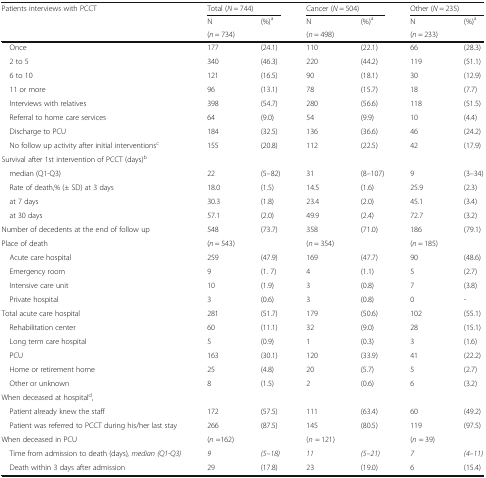
<table><thead><tr><td rowspan="3"><b>Patients interviews with PCCT</b></td><td colspan="2"><b>Total (<i>N</i> = 744)</b></td><td colspan="2"><b>Cancer (<i>N</i> = 504)</b></td><td colspan="2"><b>Other (<i>N</i> = 235)</b></td></tr><tr><td><b>N</b></td><td><b>(%)<sup>a</sup></b></td><td><b>N</b></td><td><b>(%)<sup>a</sup></b></td><td><b>N</b></td><td><b>(%)<sup>a</sup></b></td></tr><tr><td><b>(<i>n</i> = 734)</b></td><td></td><td><b>(<i>n</i> = 498)</b></td><td></td><td><b>(<i>n</i> = 233)</b></td><td></td></tr></thead><tbody><tr><td> Once</td><td>177</td><td>(24.1)</td><td>110</td><td>(22.1)</td><td>66</td><td>(28.3)</td></tr><tr><td> 2 to 5</td><td>340</td><td>(46.3)</td><td>220</td><td>(44.2)</td><td>119</td><td>(51.1)</td></tr><tr><td> 6 to 10</td><td>121</td><td>(16.5)</td><td>90</td><td>(18.1)</td><td>30</td><td>(12.9)</td></tr><tr><td> 11 or more</td><td>96</td><td>(13.1)</td><td>78</td><td>(15.7)</td><td>18</td><td>(7.7)</td></tr><tr><td> Interviews with relatives</td><td>398</td><td>(54.7)</td><td>280</td><td>(56.6)</td><td>118</td><td>(51.5)</td></tr><tr><td> Referral to home care services</td><td>64</td><td>(9.0)</td><td>54</td><td>(9.9)</td><td>10</td><td>(4.4)</td></tr><tr><td> Discharge to PCU</td><td>184</td><td>(32.5)</td><td>136</td><td>(36.6)</td><td>46</td><td>(24.2)</td></tr><tr><td> No follow up activity after initial interventions<sup>c</sup></td><td>155</td><td>(20.8)</td><td>112</td><td>(22.5)</td><td>42</td><td>(17.9)</td></tr><tr><td colspan="7">Survival after 1st intervention of PCCT (days)<sup>b</sup></td></tr><tr><td> median (Q1-Q3)</td><td>22</td><td>(5–82)</td><td>31</td><td>(8–107)</td><td>9</td><td>(3–34)</td></tr><tr><td> Rate of death,% (± SD) at 3 days</td><td>18.0</td><td>(1.5)</td><td>14.5</td><td>(1.6)</td><td>25.9</td><td>(2.3)</td></tr><tr><td> at 7 days</td><td>30.3</td><td>(1.8)</td><td>23.4</td><td>(2.0)</td><td>45.1</td><td>(3.4)</td></tr><tr><td> at 30 days</td><td>57.1</td><td>(2.0)</td><td>49.9</td><td>(2.4)</td><td>72.7</td><td>(3.2)</td></tr><tr><td>Number of decedents at the end of follow up</td><td>548</td><td>(73.7)</td><td>358</td><td>(71.0)</td><td>186</td><td>(79.1)</td></tr><tr><td>Place of death</td><td>(<i>n</i> = 543)</td><td></td><td>(<i>n</i> = 354)</td><td></td><td>(<i>n</i> = 185)</td><td></td></tr><tr><td> Acute care hospital</td><td>259</td><td>(47.9)</td><td>169</td><td>(47.7)</td><td>90</td><td>(48.6)</td></tr><tr><td> Emergency room</td><td>9</td><td>(1. 7)</td><td>4</td><td>(1.1)</td><td>5</td><td>(2.7)</td></tr><tr><td> Intensive care unit</td><td>10</td><td>(1.9)</td><td>3</td><td>(0.8)</td><td>7</td><td>(3.8)</td></tr><tr><td> Private hospital</td><td>3</td><td>(0.6)</td><td>3</td><td>(0.8)</td><td>0</td><td>-</td></tr><tr><td>Total acute care hospital</td><td>281</td><td>(51.7)</td><td>179</td><td>(50.6)</td><td>102</td><td>(55.1)</td></tr><tr><td> Rehabilitation center</td><td>60</td><td>(11.1)</td><td>32</td><td>(9.0)</td><td>28</td><td>(15.1)</td></tr><tr><td> Long term care hospital</td><td>5</td><td>(0.9)</td><td>1</td><td>(0.3)</td><td>3</td><td>(1.6)</td></tr><tr><td> PCU</td><td>163</td><td>(30.1)</td><td>120</td><td>(33.9)</td><td>41</td><td>(22.2)</td></tr><tr><td> Home or retirement home</td><td>25</td><td>(4.8)</td><td>20</td><td>(5.7)</td><td>5</td><td>(2.7)</td></tr><tr><td> Other or unknown</td><td>8</td><td>(1.5)</td><td>2</td><td>(0.6)</td><td>6</td><td>(3.2)</td></tr><tr><td colspan="7">When deceased at hospital<sup>d</sup>,</td></tr><tr><td> Patient already knew the staff</td><td>172</td><td>(57.5)</td><td>111</td><td>(63.4)</td><td>60</td><td>(49.2)</td></tr><tr><td> Patient was referred to PCCT during his/her last stay</td><td>266</td><td>(87.5)</td><td>145</td><td>(80.5)</td><td>119</td><td>(97.5)</td></tr><tr><td>When deceased in PCU</td><td>(<i>n</i> =162)</td><td></td><td>(<i>n</i> = 121)</td><td></td><td>(<i>n</i> = 39)</td><td></td></tr><tr><td> Time from admission to death (days)<i>, median (Q1-Q3)</i></td><td><i>9</i></td><td><i>(5–18)</i></td><td><i>11</i></td><td><i>(5–21)</i></td><td><i>7</i></td><td><i>(4–11)</i></td></tr><tr><td> Death within 3 days after admission</td><td>29</td><td>(17.8)</td><td>23</td><td>(19.0)</td><td>6</td><td>(15.4)</td></tr></tbody></table>